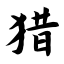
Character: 猎